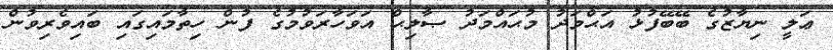
ޢަލީ ނިޔާޒުގެ ބޭބޭފުޅު އަޙްމަދު މުޙައްމަދު ޞާލިޙް އަވަހާރަވުމުގެ ފުން ހިތާމައިގައި ބައިވެރިވުން